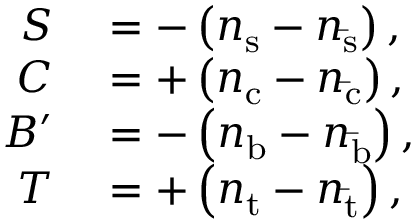
\begin{array} { r l } { S } & { { } = - \left( n _ { \mathrm { s } } - n _ { \mathrm { \bar { s } } } \right) , } \\ { C } & { { } = + \left( n _ { \mathrm { c } } - n _ { \mathrm { \bar { c } } } \right) , } \\ { B ^ { \prime } } & { { } = - \left( n _ { \mathrm { b } } - n _ { \mathrm { \bar { b } } } \right) , } \\ { T } & { { } = + \left( n _ { \mathrm { t } } - n _ { \mathrm { \bar { t } } } \right) , } \end{array}